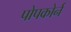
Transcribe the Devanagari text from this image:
पोपकोर्न